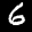
Label: 6